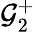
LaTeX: {\mathcal{G}}_{2}^{+}